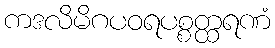
ကဒလိမိဂပဝရပစ္စတ္ထရဏံ